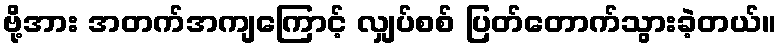
ဗို့အား အတက်အကျကြောင့် လျှပ်စစ် ပြတ်တောက်သွားခဲ့တယ်။